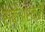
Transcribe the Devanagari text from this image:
स्केअरक्रो